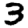
Digit: 3